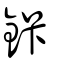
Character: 鉲